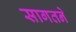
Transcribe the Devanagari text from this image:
सागतने